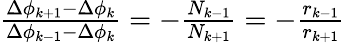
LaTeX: \begin{array}{r}{\frac{\Delta\phi_{k+1}-\Delta\phi_{k}}{\Delta\phi_{k-1}-\Delta\phi_{k}}=-\frac{N_{k-1}}{N_{k+1}}=-\frac{r_{k-1}}{r_{k+1}}\; }\end{array}